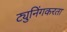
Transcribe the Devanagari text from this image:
ट्युनिंगकरता